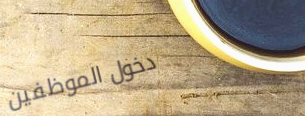
دخول الموظفين